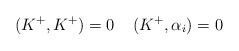
LaTeX: \begin{align*}(K^{+},K^{+})=0 \:\:\:\:\: (K^{+},\alpha_{i})=0\end{align*}